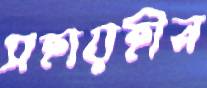
সহায়হীন